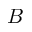
B